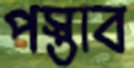
পস্তাব